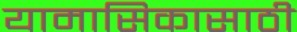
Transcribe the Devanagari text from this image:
यामासिकासाठी